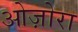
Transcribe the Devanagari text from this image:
ओज़ोरा